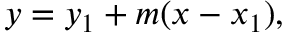
y = y _ { 1 } + m ( x - x _ { 1 } ) ,